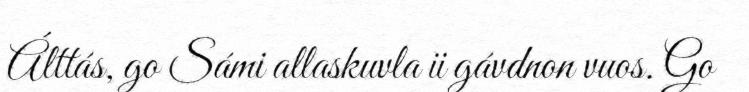
Álttás, go Sámi allaskuvla ii gávdnon vuos. Go